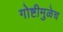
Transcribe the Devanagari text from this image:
गोष्टीमुळेच